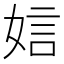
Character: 娮